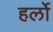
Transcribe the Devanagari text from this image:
हर्लो